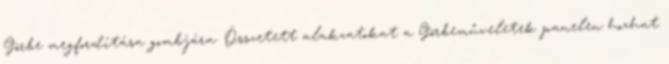
Görbe megfordítása gombjára. Összetett alakzatokat a Görbeműveletek panelen hozhat